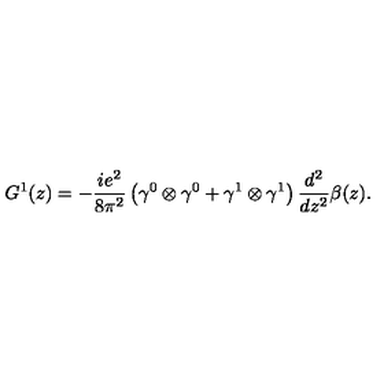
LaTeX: G ^ { 1 } ( z ) = - \frac { i e ^ { 2 } } { 8 \pi ^ { 2 } } \left( \gamma ^ { 0 } \otimes \gamma ^ { 0 } + \gamma ^ { 1 } \otimes \gamma ^ { 1 } \right) \frac { d ^ { 2 } } { d z ^ { 2 } } \beta ( z ) .